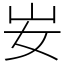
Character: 𡚴